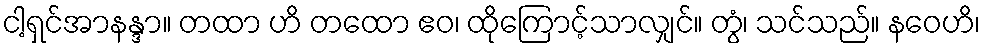
ငါ့ရှင်အာနန္ဒာ။ တထာ ဟိ တထော ဧဝ၊ ထိုကြောင့်သာလျှင်။ တွံ၊ သင်သည်။ နဝေဟိ၊